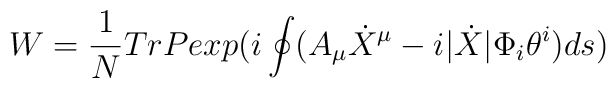
W=\frac{1}{N}TrPexp(i\oint (A_{\mu }\dot{X}^{\mu }-i|\dot{X}|\Phi _{i}\theta ^{i})ds)